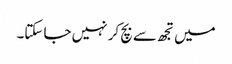
میں تجھ سے بچ کر نہیں جا سکتا۔